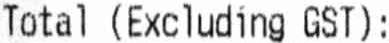
TOTAL (EXCLUDING GST) :